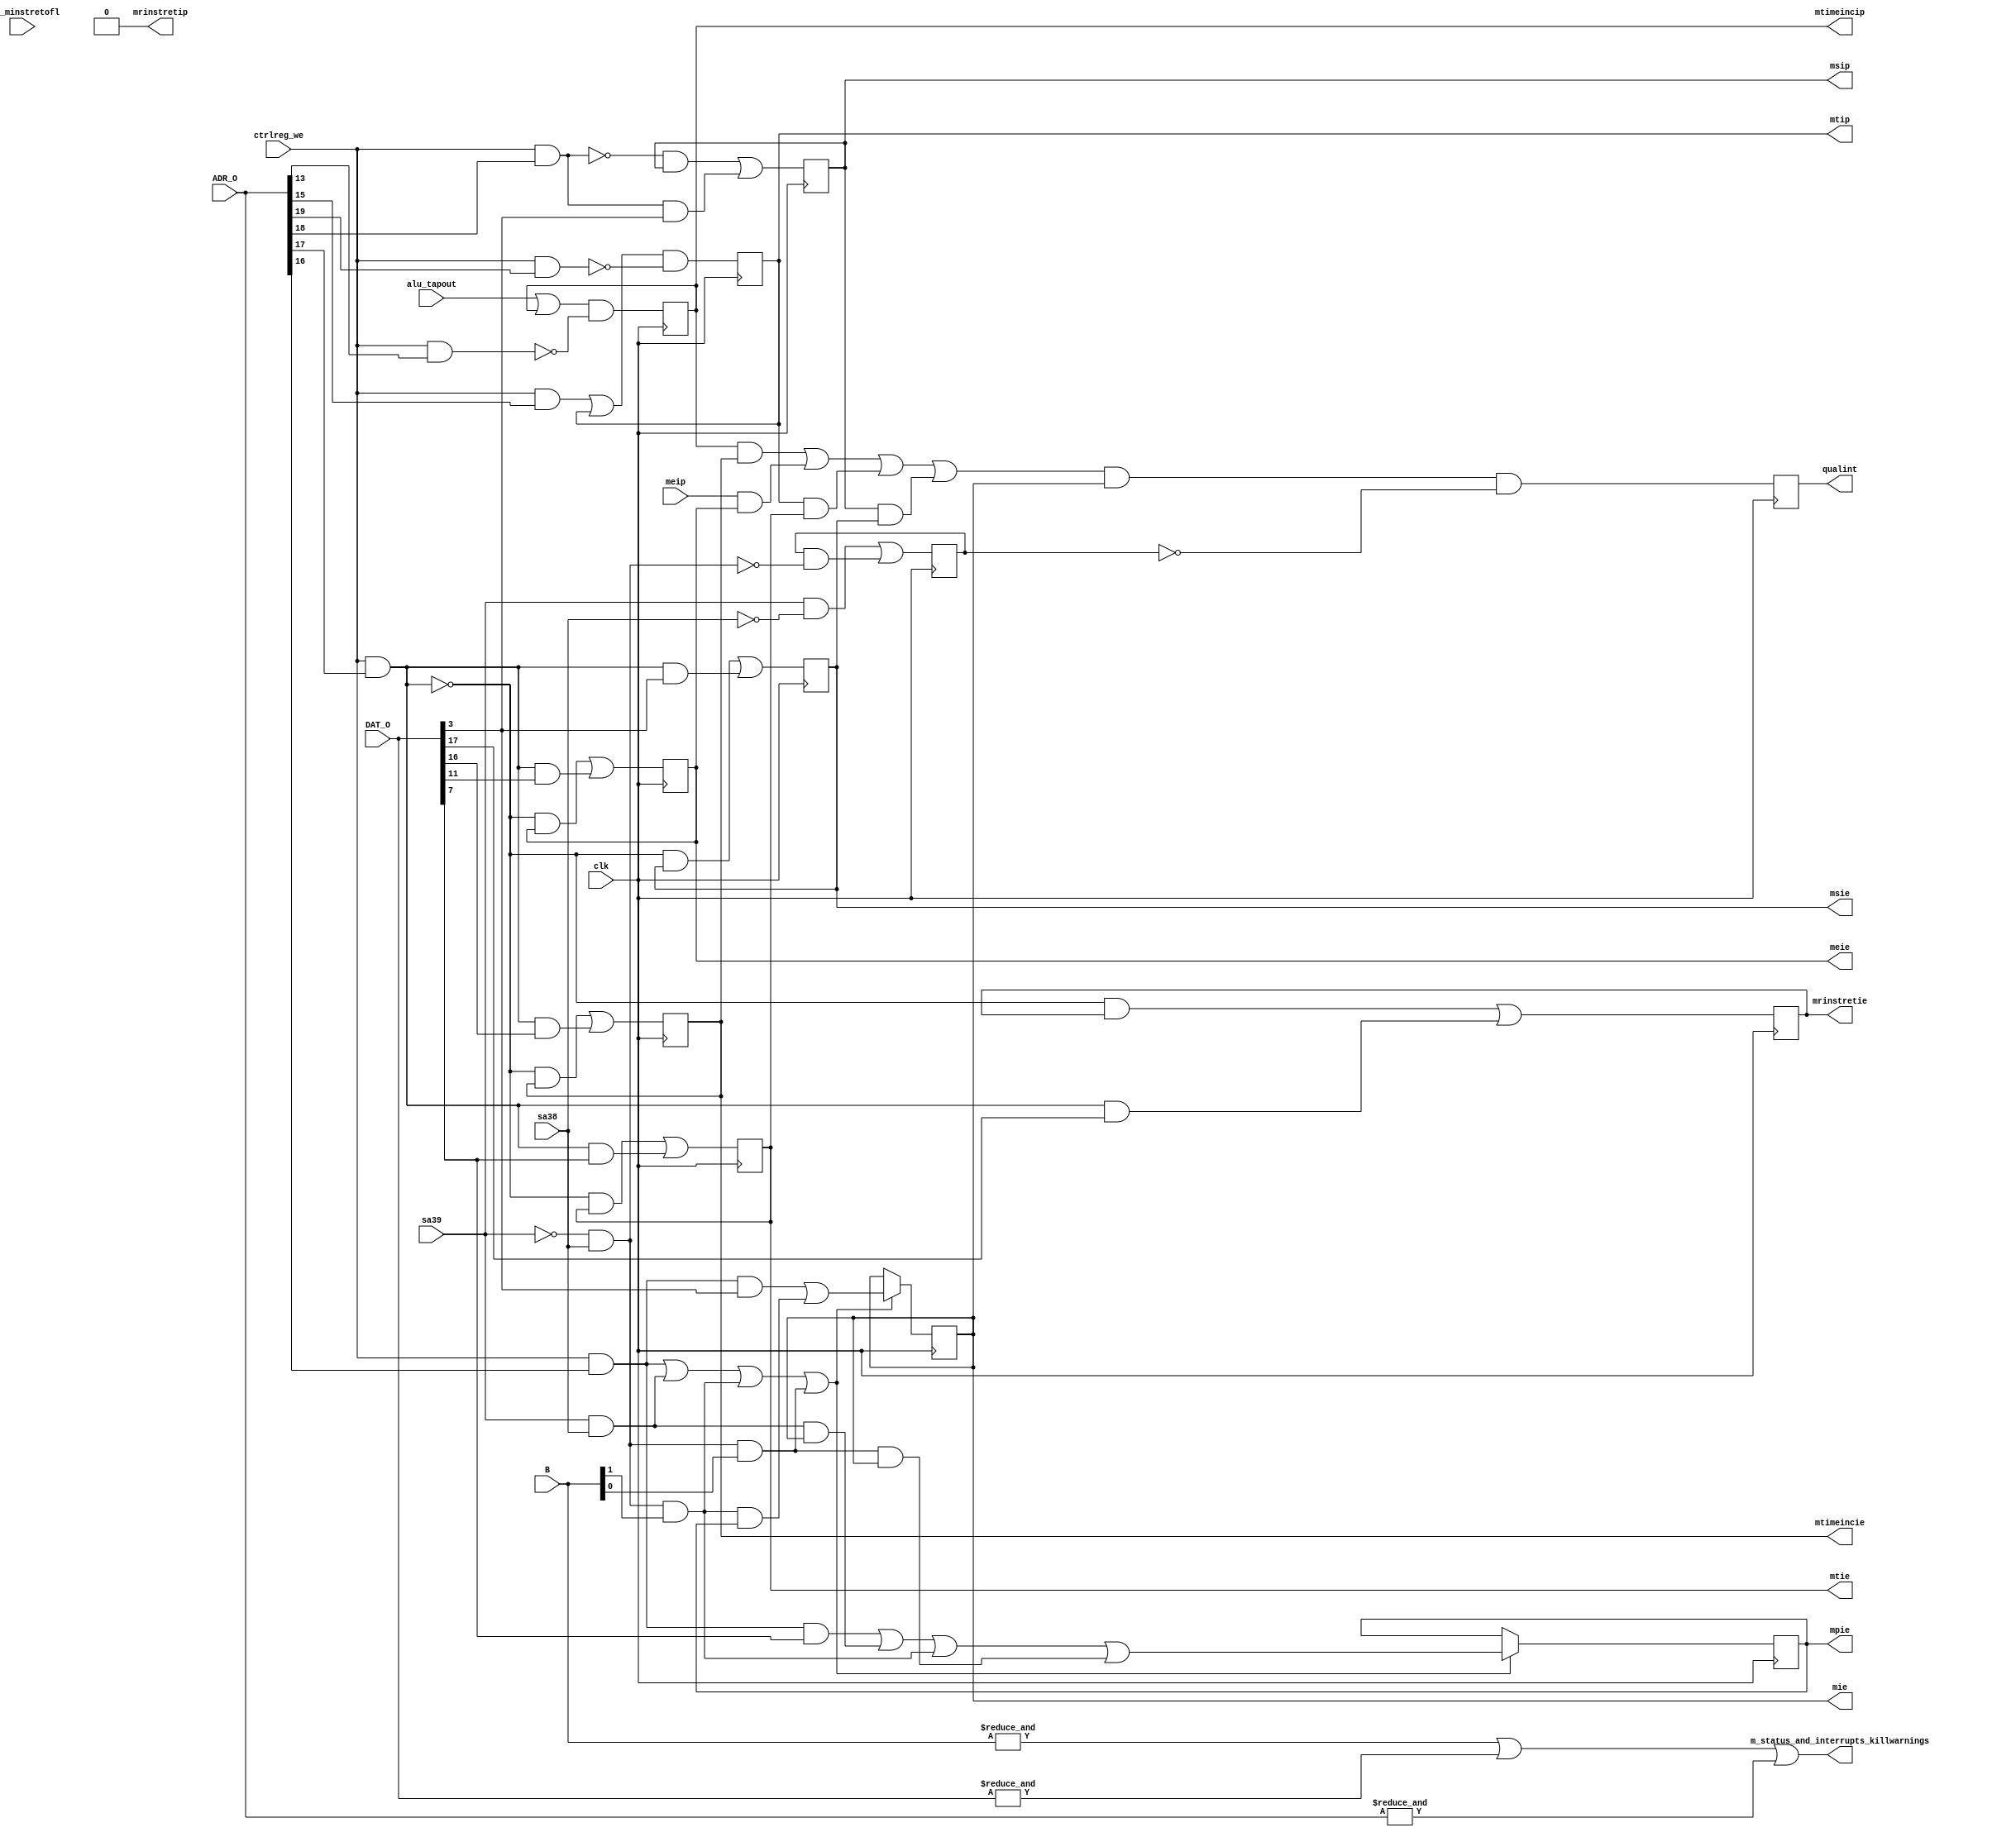
/* -----------------------------------------------------------------------------
 * Part of midgetv
 * 2019. Copyright B. Nossum.
 * For licence, see LICENCE
 * -----------------------------------------------------------------------------ehdr
 * 
 * If we have MTIMETAP >= MTIMETAP_LOWLIM, interrupts and mtime is implemented 
 * in midgetv. From user code, the following holds:
 *
 * Stated as memory-mapped in riscv-privileged:
 * Machine-level MSIP bit: 
 *     Exposed for writing by remote harts. Not implemented here (we only
 *     support one hart). MSIP is simply a bit in the MIP register.
 * mtimecmph/mtimecmp: 
 *     Real value is in EBR 0xf8/0xfc. 
 * mtimeh/mtime is exposed as a memory-mapped machine-mode read/write register
 *     Real value is in EBR 0xe0/0xe4.
 * 
 *   Write adr
 *   3322222222221111111111            Write to           EBR Address
 *   10987654321098765432109876543210  register or bit    |    Reg. name    Side effect on write
 * 0b001xxxxxxxxxxxxxxx1xxxxx111000xx  register mtime     0xe0 mtime        Clears mtimeincip
 * 0b001xxxxxxxxxxxxxx1xxxxxx111011xx  register minstreth 0xec minstreth    Clears minstreth
 * 0b001xxxxxxxxxxxxx1xxxxxxx100000xx  bit mtip           0x80 __jj
 * 0b001xxxxxxxxxxxx1xxxxxxxx100000xx  register mstatus   0x80 __jj
 * 0b001xxxxxxxxxxx1xxxxxxxxx100000xx  register mie       0x80 __jj
 * 0b001xxxxxxxxxx1xxxxxxxxxx100000xx  register mip       0x80 __jj         Updates msip
 * 0b001xxxxxxxxx1xxxxxxxxxxx111110xx  register mtimecmp  0xf8 mtimecmp     Clears mtip
 * 0b001xxxxxxxxx1xxxxxxxxxxx111111xx  register mtimecmph 0xfc mtimecmph    Clears mtip
 * 
 * Read adr                            
 *   3322222222221111111111            
 *   10987654321098765432109876543210  Read register      
 * 0b010xxxxxxxxxxxxxxxxxxxxxxxxxxxxx  reserved for future extension
 * 0b01100xxxxxxxxxxxxxxxxxxxxxxxxxxx  All normal input frome external port
 * 0b01101xxxxxxxxxxxxxxxxxxxxxxxxxxx  mip
 * 0b01110xxxxxxxxxxxxxxxxxxxxxxxxxxx  mie
 * 0b01111xxxxxxxxxxxxxxxxxxxxxxxxxxx  mstatus
 * 
 * The reason for the change is that I will disallow read/write to EBR when executing in
 * SRAM. This protects the registers and constants. We may still access anything when
 * executing in EBR. The only way to get from SRAM to EBR will be via an exception or 
 * a CSR instruction.
 * 
 * Changes to get this to happen:
 * 1. FF that say "executes in SRAM":
 * 2. If executing in SRAM, and a write-attempt to __pc is made which is outside
 *    of SRAM, give exception instead. 
 * 3. If executing in SRAM, and a read or write attemt is done to EBR, give exception.
 * 
 * This is only an outline of the idea:
 * 
 * always @(posedge clk) begin
 *    if ( Wpc ) begin
 *       if ( EXECinSRAM == 0 ) begin
 *          EXECinSRAM <= B[31] | B[30];
 *       end else begin
 *          if ( isr_intoCSR || isr_intoTrap ) begin
 *             EXECinSRAM <= 0;
 *          end else if ( B[31] | B[30] ) begin
 *             exception_illegal_adr;
 *          end
 *       end
 *    end
 * end
 *
 * The FF is easy to implement. The decision to give illegal exception is more
 * tricky, and involves considerable work in microcode. 
 *
 * ===============================================================
 *
 * Layout of register:
 * -------------------
 * 31        18 17           16          15 12 11   10 8 7    6 4 3    2 0
 * 000000000000 mrinstretip  mtimeincip  0000  meip 000  mtip 000 msip 000  MIP
 * 000000000000 mrinstrettie mtimeincie  0000  meie 000  mtie 000 msie 000  MIE
 * 000000000000 0            0           0001  1    000  mpie 000 mie  000  MSTATUS
 * 
 * register MIP 
 * ------------
 * 31 19 17       16         15 12 11   10   9    8    7    6    5    4    3    2    1    0
 * WPRI  MRINSTIP MTIMEINCIP WPRI  MEIP WPRI SEIP UEIP MTIP WPRI STIP UTIP MSIP WPRI SSIP USIP
 * 
 * Field        Access     Contents/comment 
 * WPRI         Read-only  0
 * MRINSTRETIP  Read-only  x Retired instruction counter overflow of low 32 bits interrupt pending.
 *                           Set when mreinstl overflows. Cleared by a write to mrinsth. 
 * MTIMEINCIP   Read-only  x Request to increment mtime interrupt pending. Set when cyclecnt
 *                           increments to (1<<MTIMETAP). Cleared by any write to mtime.
 * MEIP         Read-only  x External interrupt pending. Set by external interrupt source.
 *                           Clearable by writing to external interrupt source
 * SEIP         Read-only  0
 * UEIP         Read-only  0
 * MTIP         Read/spes  x Time compare interrupt pending. Set by code in internal interrupt
 *                           when mtime >= mtimecmp. Should not be set by other user code.
 *                           Cleared when mtimecmp or mtimecmph is written.
 * STIP         Read-only  0
 * UTIP         Read-only  0
 * MSIP         Read/write x Software interrupt pending. Set.cleared by write to MSIPreg address.
 * SSIP         Read-only  0
 * USIP         Read-only  0
 * 
 * register MIE
 * ------------
 * 31 19 17          16         15 12 11   10   9    8    7    6    5    4    3    2    1    0
 * WPRI  MRINSTRETIE MTIMEINCIE WPRI  MEIE WPRI SEIE UEIE MTIE WPRI STIE UTIE MSIE WPRI SSIE USIE
 * 
 * Field        Access     Contents/Comment
 * WPRI         Read-only  0
 * MRINSTRETTIE Read/write x  Software controlled.           
 * MTIMEINCIE   Read/write x  Software controlled.           
 * MEIE         Read/write x  Software controlled
 * SEIE         Read-only  0
 * UEIE         Read-only  0
 * MTIE         Read/write x  Software controlled
 * STIE         Read-only  0
 * UTIE         Read-only  0
 * MSIE         Read/write x  With only M-mode implemented, and only one hart, there is no real
 *                            sense to implement this bit in hardware. However, to be compatible
 *                            I implement it after all.
 * SSIE         Read-only  0
 * USIE         Read-only  0
 *
 * register MSTATUS
 * ----------------
 * 31 30 23 22  21 20  19  18  17   16 15   14 13   12:11    10 9 8   7    6    5    4    3   2    1   0
 * SD WPRI  TSR TW TVM MXR SUM MPRV XS[1:0] FS[1:0] MPP[1:0] WPRI SPP MPIE WPRI SPIE UPIE MIE WPRI SIE UIE
 * 
 * Field      Access     Contents/Comment
 * WPRI  
 * SD         Read-only  0 XS and FS hardwired to zero
 * TSR        Read-only  0 S-mode not supported
 * TW         Read-only  0 No modes less privileged than M-mode
 * TVM        Read-only  0 S-mode not supported
 * MXR        Read-only  0 S-mode not supported
 * SUM        Read-only  0 S-mode not supported
 * MPRV       Read-only  0 U-mode not supported
 * XS[1:0]    Read-only  0 No floating point
 * FS[1:0]    Read-only  0 No floating point
 * MPP[1:0]   Read-only  3 The only mode that is implemented is Machine-mode
 * SPP        Read-only  0
 * MPIE       Read/Write x
 * SPIE       Read-only  0
 * UPIE       Read-only  0
 * MIE        Read/write x  Global interrupt enable
 * SIE        Read-only  0
 * UIE        Read-only  0
 * 
 */
module m_status_and_interrupts
  # ( parameter 
      HIGHLEVEL = 1,
      HAS_MINSTRET = 0,
      HAS_EBR_MINSTRET = 0      
      )
   (
    /* verilator lint_off UNUSED */
    input        clk,
    input        alu_tapout, //      True when ttime[MTIMETA] increments from 0 to 1, and isWttime is true
    input        alu_minstretofl, // True when minstret overflows in 32 bits.
    input [31:0] B, //               ALU result, used in "ij" 
    input [31:0] DAT_O, //           From EBR
    input [31:0] ADR_O, //           Address
    input        sa38, //              | Shows if we enters traps, executes "ij", or enters CSR emulation
    input        sa39, //              |
    input        meip, //            External interrupt pending
    input        ctrlreg_we, //      User code writes to EBR with address in ADR_O. To find out if we write to mtime, minstreth, mip,mie,mstatus or bit mtip
    output       mrinstretip, //       |
    output       mtimeincip, //        | These are all registers.
    output       mtip, //              |
    output       msip, //              |
    output       mrinstretie, //       |
    output       mtimeincie, //        |
    output       meie, //              |
    output       mtie, //              |
    output       msie, //              |
    output       mpie, //              |
    output       mie, //               | 
    output       qualint, //         qualified interrupt pending
    output       m_status_and_interrupts_killwarnings
    /* verilator lint_on UNUSED */
    );

   reg           r_incsr;

   assign m_status_and_interrupts_killwarnings = &B | &DAT_O | &ADR_O;
   
   generate
      if ( HIGHLEVEL ) begin
         // =============================================================================
         // HIGHLEVEL
         // =============================================================================

         /* mtimeincip is set when the cycle counter increments to (1<<MTIMETAP).
          * When user code writes mtime, mtimeincip is cleared
          */
         wire       write_to_mtime = ctrlreg_we & ADR_O[13]; 
         reg        r_mtimeincip;
         always @(posedge clk)
           r_mtimeincip <= ( alu_tapout | r_mtimeincip)  & ~write_to_mtime;
         
         /* minstrethip is set when the retired instruction counter overflows in 32 bits.
          * When user code write minstreth, minstretip is cleared
          */
         wire       the_r_minstrethip;
         if ( HAS_EBR_MINSTRET || HAS_EBR_MINSTRET ) begin
            reg        r_minstrethip;
            wire       write_to_minstreth = ctrlreg_we & ADR_O[14];
            wire       cmb_minstrethip = (alu_minstretofl | r_minstrethip ) & ~write_to_minstreth;
            always @(posedge clk)         
              r_minstrethip <= cmb_minstrethip;
            assign the_r_minstrethip = r_minstrethip;
         end else begin
            assign the_r_minstrethip = 1'b0;
         end
         
         /* MTIP is set under software control, this should only be used
          * by the internal interrupt routine that increments {mtimeh,mtime}. 
          * It is cleared when mtimecmp or mtimecmph is written. 
          */
         reg        r_mtip;
         wire       write_to_mtip      = ctrlreg_we & ADR_O[15];
         wire       write_to_mtimecmpx = ctrlreg_we & ADR_O[19];
         wire       cmb_mtip = (write_to_mtip | r_mtip) & ~write_to_mtimecmpx;
         always @(posedge clk) 
            r_mtip <= cmb_mtip;
         
         /* MSIP is only under software control. This is possible because we have only one hart.
          */
         wire       write_to_msip =  ctrlreg_we & ADR_O[18];
         reg        r_msip;
         always @(posedge clk)
           r_msip <= (~write_to_msip & r_msip) | (write_to_msip & DAT_O[3]);
         
         /* Selective interrupt enable bits in mie are implemented in a straight forward fashion
          */
         wire       write_to_mie = ctrlreg_we & ADR_O[17];
         reg        r_mrinstretie,r_mtimeincie,r_meie,r_mtie,r_msie;
         always @(posedge clk) begin
            r_mrinstretie <= (~write_to_mie & r_mrinstretie) | ( write_to_mie & DAT_O[17] );
            r_mtimeincie  <= (~write_to_mie & r_mtimeincie ) | ( write_to_mie & DAT_O[16] );
            r_meie        <= (~write_to_mie & r_meie       ) | ( write_to_mie & DAT_O[11] );
            r_mtie        <= (~write_to_mie & r_mtie       ) | ( write_to_mie & DAT_O[7] );
            r_msie        <= (~write_to_mie & r_msie       ) | ( write_to_mie & DAT_O[3] );      
         end
         
         /* Register mpie is involved. 
          *   o The user code can write it.
          *     Here we must see if we have (writeIO & ADR_O[2])
          *   o When an interrupt is taken, mpie <= mie
          *     Microcode sets sa[39:38] to isr_intoTrap
          *   o When a trap occurs, mpie <= mie
          *     Microcode sets sa[39:38] to isr_intoTrap
          *   o When MRET is executed, mpie <= 1
          *     Instruction "ij" will have B[1] == 1 in this case, and sa[39:38] is isr_use_ij
          *   o When accessing an illegal CSR and transferring control to a trap, mpie <= mie
          *     Instruction "ij" will have B[0] == 1 in this case, and sa[39:38] is isr_use_ij
          */
         wire write_to_mstatus = ctrlreg_we & ADR_O[16];
         reg  r_mpie,r_mie;
         wire isr_use_ij = ~sa39 & sa38;
         wire isr_intoCSR = sa39 & ~sa38;
         wire isr_intoTrap = sa39 & sa38;
         wire update_mpie = 
              write_to_mstatus    |
              isr_intoTrap        | 
              (isr_use_ij & B[1]) |
              (isr_use_ij & B[0]);
         wire value_new_mpie = 
              (write_to_mstatus & DAT_O[7]) | 
              (isr_intoTrap & r_mie)    |
              (isr_use_ij & B[1] )      |
              (isr_use_ij & B[0] & r_mie);
         always @(posedge clk)
           if ( update_mpie )
             r_mpie <= value_new_mpie;
         
         /* Register mie is involved.
          *   o The user code can write it.
          *     Here we must see if we have (writeIO & ADR_O[2])
          *   o When an interrupt is taken, mie <= 0
          *     Microcode sets sa[39:38] to isr_intoTrap
          *   o When a trap occurs, mie <= 0
          *     Microcode sets sa[39:38] to isr_intoTrap
          *   o When MRET is executed, mie <= mpie
          *     Instruction "ij" will have B[1] == 1 in this case, and sa[39:38] is isr_use_ij
          *   o When accessing an illegal CSR and transferring control to a trap, mie <= 0
          *     Instruction "ij" will have B[0] == 1 in this case, and sa[39:38] is isr_use_ij
          */
         wire update_mie = update_mpie;
         wire value_new_mie =
              (write_to_mstatus & DAT_O[3]) |
              (isr_intoTrap & 1'b0)     |
              (isr_use_ij & B[1] & r_mpie) |
              (isr_use_ij & B[0] & 1'b0);
         always @(posedge clk)
           if (update_mie)
             r_mie <= value_new_mie;
         
         /* An internal register is set while we are in a CSR emulation routine
          */
         always @(posedge clk)
           r_incsr <= isr_intoCSR | (r_incsr & ~isr_use_ij);
         
         /*                                               __     _
          * mie -----------------------------------------|  |---| |-- qualint
          * r_incsr ------------------------------------o|  |   >_|
          *                                    ____      |  |
          * mrinstretip --| |-----------------|    |-----|__|
          * mrinstretie --|&|  +--------------|    |
          *                    |  +-----------| or |
          * mtimeincip ---| |--+  |  +--------|    |
          * mtimeincie ---|&|     |  |  +-----|____|
          *                       |  |  |
          * meip ---------| |-----+  |  |
          * meie ---------|&|        |  |
          *                          |  |
          * mtip ---------| |--------+  |
          * mtie ---------|&|           |
          *                             |
          * msip ---------| |-----------+
          * msie ---------|&|
          */ 
         wire possible_interrupt = 
              (mrinstretip & mrinstretie) |        
              (mtimeincip  & mtimeincie ) |
              (meip        & meie       ) |
              (mtip        & mtie       ) |
              (msip        & msie       );  
         wire cmb_qualint = possible_interrupt & r_mie & ~r_incsr;
         reg  r_qualint;
         always @(posedge clk)
           r_qualint <= cmb_qualint;
         assign qualint = r_qualint;
         
         /* Registers that can be read by user code are output from this module
          */
         // In register mip
         // -----------------------------------------
         assign mrinstretip = the_r_minstrethip;
         assign mtimeincip  = r_mtimeincip;
         //     meip          comes from the outside
         assign mtip        = r_mtip;
         assign msip        = r_msip;
         // In register mie
         // -----------------------------------------
         assign mrinstretie= r_mrinstretie;
         assign mtimeincie = r_mtimeincie;
         assign meie       = r_meie;
         assign mtie       = r_mtie;
         assign msie       = r_msie;
         // In register mstatus
         // -----------------------------------------
         assign mpie       = r_mpie;
         assign mie        = r_mie;
         
      end else begin
         // =============================================================================
         // LOWLEVEL
         // =============================================================================
         reg  r_mie;

         
         /* mtimeincip is set when the cycle counter increments to (1<<MTIMETAP).
          * When user code writes mtime, mtimeincip is cleared
          */
         //wire       write_to_mtime = ctrlreg_we & ADR_O[13]; 
         //reg        r_mtimeincip;
         //always @(posedge clk)
         //  r_mtimeincip <= ( alu_tapout | r_mtimeincip)  & ~write_to_mtime;
         wire cmb_mtimeincip, r_mtimeincip;
         SB_LUT4 #(.LUT_INIT(16'h0eee)) mtimeincip_l( .O(cmb_mtimeincip), .I3(ctrlreg_we), .I2(ADR_O[13]), .I1(r_mtimeincip), .I0(alu_tapout));         
         SB_DFF mtimeincip_reg( .Q(r_mtimeincip), .C(clk), .D(cmb_mtimeincip) );
         
         /* minstrethip is set when the retired instruction counter overflows in 32 bits.
          * When user code write minstreth, minstretip is cleared
          */
//         wire       write_to_minstreth = ctrlreg_we & ADR_O[14];
//         wire       cmb_minstrethip = (alu_minstretofl | r_minstrethip ) & ~write_to_minstreth;
//         always @(posedge clk)         
//           r_minstrethip <= cmb_minstrethip;
         wire r_minstrethip;
         if ( HAS_EBR_MINSTRET || HAS_EBR_MINSTRET ) begin
            wire cmb_minstrethip;
            SB_LUT4 #(.LUT_INIT(16'h0eee)) minstrethip_l( .O(cmb_minstrethip), .I3(ctrlreg_we), .I2(ADR_O[14]), .I1(r_minstrethip), .I0(alu_minstretofl));         
            SB_DFF minstrethip_reg( .Q(r_minstrethip), .C(clk), .D(cmb_minstrethip) );
         end else begin
            assign r_minstrethip = 1'b0;
         end
         
         /* MTIP is set under software control, this should only be used
          * by the internal interrupt routine that increments {mtimeh,mtime}. 
          * It is cleared when mtimecmp or mtimecmph is written. 
          */
         // wire write_to_mtip      = ctrlreg_we & ADR_O[15];
         // wire write_to_mtimecmpx = ctrlreg_we & ADR_O[19];
         // wire cmb_mtip = (write_to_mtip | r_mtip) & ~write_to_mtimecmpx;
         // always @(posedge clk) begin
         //    r_mtip <= cmb_mtip;
         wire cmb_mtip,r_mtip;
         SB_LUT4 #(.LUT_INIT(16'h0caa)) mtip_l( .O(cmb_mtip), .I3(ctrlreg_we), .I2(ADR_O[19]), .I1(ADR_O[15]), .I0(r_mtip));         
         SB_DFF mtip_reg( .Q(r_mtip), .C(clk), .D(cmb_mtip) );
         
         /* MSIP is only under software control. This is possible because we have only one hart.
          */
         //wire       write_to_msip =  ctrlreg_we & ADR_O[18];
         //reg        r_msip;
         //always @(posedge clk)
         //  r_msip <= (~write_to_msip & r_msip) | (write_to_msip & DAT_O[3]);
         wire cmb_msip,r_msip;
         SB_LUT4 #(.LUT_INIT(16'hcaaa)) msip_l( .O(cmb_msip), .I3(ctrlreg_we), .I2(ADR_O[18]), .I1(DAT_O[3]), .I0(r_msip));         
         SB_DFF msip_reg( .Q(r_msip), .C(clk), .D(cmb_msip) );
         
         /* Selective interrupt enable bits in mie are implemented in a straight forward fashion
          */
         //wire       write_to_mie = ctrlreg_we & ADR_O[17];
         //reg        r_mrinstretie,r_mtimeincie,r_meie,r_mtie,r_msie;
         //always @(posedge clk) begin
         //   r_mrinstretie <= (~write_to_mie & r_mrinstretie) | ( write_to_mie & DAT_O[17] );
         //   r_mtimeincie  <= (~write_to_mie & r_mtimeincie ) | ( write_to_mie & DAT_O[16] );
         //   r_meie        <= (~write_to_mie & r_meie       ) | ( write_to_mie & DAT_O[11] );
         //   r_mtie        <= (~write_to_mie & r_mtie       ) | ( write_to_mie & DAT_O[7] );
         //   r_msie        <= (~write_to_mie & r_msie       ) | ( write_to_mie & DAT_O[3] );      
         //end
         wire r_mrinstretie,cmb_mrinstretie,r_mtimeincie,cmb_mtimeincie,r_meie,cmb_meie,r_mtie,cmb_mtie,r_msie,cmb_msie;         
         SB_LUT4 #(.LUT_INIT(16'hcaaa)) mrinstretie_l( .O(cmb_mrinstretie), .I3(ctrlreg_we), .I2(ADR_O[17]), .I1(DAT_O[17]), .I0(r_mrinstretie));         
         SB_LUT4 #(.LUT_INIT(16'hcaaa)) mtimeincie_l ( .O(cmb_mtimeincie ), .I3(ctrlreg_we), .I2(ADR_O[17]), .I1(DAT_O[16]), .I0(r_mtimeincie ));         
         SB_LUT4 #(.LUT_INIT(16'hcaaa)) meie_l       ( .O(cmb_meie       ), .I3(ctrlreg_we), .I2(ADR_O[17]), .I1(DAT_O[11]), .I0(r_meie       ));         
         SB_LUT4 #(.LUT_INIT(16'hcaaa)) mtie_l       ( .O(cmb_mtie       ), .I3(ctrlreg_we), .I2(ADR_O[17]), .I1(DAT_O[ 7]), .I0(r_mtie       ));         
         SB_LUT4 #(.LUT_INIT(16'hcaaa)) msie_l       ( .O(cmb_msie       ), .I3(ctrlreg_we), .I2(ADR_O[17]), .I1(DAT_O[ 3]), .I0(r_msie       ));         
         SB_DFF mrinstretie_reg( .Q(r_mrinstretie), .C(clk), .D(cmb_mrinstretie) );
         SB_DFF mtimeincie_reg ( .Q(r_mtimeincie ), .C(clk), .D(cmb_mtimeincie ) );
         SB_DFF meie_reg       ( .Q(r_meie       ), .C(clk), .D(cmb_meie       ) );
         SB_DFF mtie_reg       ( .Q(r_mtie       ), .C(clk), .D(cmb_mtie       ) );
         SB_DFF msie_reg       ( .Q(r_msie       ), .C(clk), .D(cmb_msie       ) );
         
         /* Register mpie is involved. 
          *   o The user code can write it.
          *     Here we must see if we have write to mstatus, ctrlreg_we & ADR_O[16]
          *   o When an interrupt is taken, mpie <= mie
          *     Microcode sets sa[39:38] to isr_intoTrap
          *   o When a trap occurs, mpie <= mie
          *     Microcode sets sa[39:38] to isr_intoTrap
          *   o When MRET is executed, mpie <= 1
          *     Instruction "ij" will have B[1] == 1 in this case, and sa[39:38] is isr_use_ij
          *   o When accessing an illegal CSR and transferring control to a trap, mpie <= mie
          *     Instruction "ij" will have B[0] == 1 in this case, and sa[39:38] is isr_use_ij
          */
         //wire write_to_mstatus = ctrlreg_we & ADR_O[16];
         //reg  r_mpie,r_mie;
         //wire isr_use_ij = ~sa39 & sa38;
         //wire isr_intoTrap = sa39 & sa38;
         //wire update_mpie = 
         //     write_to_mstatus    |
         //     isr_intoTrap        | 
         //     (isr_use_ij & B[1]) |
         //     (isr_use_ij & B[0]);
         //wire value_new_mpie = 
         //     (write_to_mstatus & DAT_O[7]) | 
         //     (isr_intoTrap & r_mie)    |
         //     (isr_use_ij & B[1] )      |
         //     (isr_use_ij & B[0] & r_mie);
         //always @(posedge clk)
         //  if ( update_mpie )
         //    r_mpie <= value_new_mpie;
         wire write_to_mstatus,isr_intoTrap,isr_use_ij;
         wire update_mie_mpie;
         SB_LUT4 #(.LUT_INIT(16'h8888)) write_to_mstatus_l(.O(write_to_mstatus), .I3(1'b0), .I2(1'b0), .I1(ctrlreg_we), .I0(ADR_O[16]));
         SB_LUT4 #(.LUT_INIT(16'h8888)) isr_intoTrap_l(.O(isr_intoTrap), .I3(1'b0), .I2(1'b0), .I1(sa39), .I0(sa38));
         SB_LUT4 #(.LUT_INIT(16'h2222)) isr_use_ij_l(  .O(isr_use_ij),   .I3(1'b0), .I2(1'b0), .I1(sa39), .I0(sa38));         
         wire tmp = B[1] | B[0];
         SB_LUT4 #(.LUT_INIT(16'hfeee)) update_mie_mpie_l(  .O(update_mie_mpie), .I3(tmp), .I2(isr_use_ij), .I1(isr_intoTrap), .I0(write_to_mstatus));         

         wire mpiea; //  = (isr_use_ij & B[1] ) | (isr_use_ij & B[0] & r_mie);
         wire mpieb; //  = (write_to_mstatus & DAT_O[7]) | (isr_intoTrap & r_mie);
         wire r_mpie; // if ( update_mie_mpie ) r_mpie = mpiea ? 1 : mpieb;
         SB_LUT4 #(.LUT_INIT(16'hf800)) mpiea_l(  .O(mpiea), .I3(isr_use_ij), .I2(B[1]), .I1(B[0]), .I0(r_mie));
         SB_LUT4 #(.LUT_INIT(16'hf888)) mpieb_l(  .O(mpieb), .I3(write_to_mstatus), .I2(DAT_O[7]), .I1(isr_intoTrap), .I0(r_mie));         
         SB_DFFESS reg_mpie( .Q(r_mpie), .C(clk), .E(update_mie_mpie), .S(mpiea), .D(mpieb));
         
         /* Register mie is involved.
          *   o The user code can write it.
          *     Here we must see if we have write to mstatus
          *   o When an interrupt is taken, mie <= 0
          *     Microcode sets sa[39:38] to isr_intoTrap
          *   o When a trap occurs, mie <= 0
          *     Microcode sets sa[39:38] to isr_intoTrap
          *   o When MRET is executed, mie <= mpie
          *     Instruction "ij" will have B[1] == 1 in this case, and sa[39:38] is isr_use_ij
          *   o When accessing an illegal CSR and transferring control to a trap, mie <= 0
          *     Instruction "ij" will have B[0] == 1 in this case, and sa[39:38] is isr_use_ij
          */
// With this: Size 361 LUTs
         wire value_new_mie =
              (write_to_mstatus & DAT_O[3]) |
              (isr_use_ij & B[1] & r_mpie);
         always @(posedge clk)
           if (update_mie_mpie)
             r_mie <= value_new_mie;
         
// With this: Size 365 LUTs even though it was a reverse engineering of the above.
// Completely baffeled here         
//         wire miea; // = isr_use_ij & B[1] & r_mpie;
//         wire mieb; // = miea | (write_to_mstatus & DAT_O[3]);
//         wire r_mie; // = if ( update_mie ) r_mie = mieb;
//         SB_LUT4 #(.LUT_INIT(16'hc000)) miea_l(  .O(miea), .I3(r_mpie), .I2(isr_use_ij), .I1(B[1]), .I0(update_mie_mpie));
//         SB_LUT4 #(.LUT_INIT(16'h8888)) mieb_l(  .O(mieb), .I3(1'b0), .I2(1'b0), .I1(write_to_mstatus), .I0(DAT_O[3]));         
//         SB_DFFESS reg_mie( .Q(r_mie), .C(clk), .E(update_mie_mpie), .S(miea), .D(mieb)); // Different PLB than SB_DFFESS above.
         
         
         /* An internal register is set while we are in a CSR emulation routine
          */
         //wire isr_intoCSR = sa39 & ~sa38;
         //always @(posedge clk)
         //  r_incsr <= isr_intoCSR | (r_incsr & ~isr_use_ij);
         wire cmb_incsr,rr_incsr;
         SB_LUT4 #(.LUT_INIT(16'h4f44)) incsr_l(  .O(cmb_incsr), .I3(sa39), .I2(sa38), .I1(rr_incsr), .I0(isr_use_ij));
         SB_DFF reg_incsr( .Q(rr_incsr), .C(clk), .D(cmb_incsr));
         always @(*)
           r_incsr = rr_incsr;
         /*                                               ___           __
          * mie -----------------------------------------|   |---------|  |-- qualint
          * r_incsr ------------------------------------o| & |         >__|
          * meip ---------| |-----------------|    |-----|___|          
          * meie ---------|&|         +-------| or |         
          *                           | +-----|____|
          * mrinstretip---| |----|  |-+ |
          * mrinstretie---|&|  +-|or|   |
          *                    |        |
          * mtimeincip ---| |--+        |
          * mtimeincie ---|&|           |
          *                             |
          * mtip ---------| |----|  |---+
          * mtie ---------|&|  +-|or|
          *                    |
          * msip ---------| |--+
          * msie ---------|&|
          */ 
         //wire possible_interrupt = 
         //     (mrinstretip & mrinstretie) |        
         //     (mtimeincip  & mtimeincie ) |
         //     (meip        & meie       ) |
         //     (mtip        & mtie       ) |
         //     (msip        & msie       );  
         //wire cmb_qualint = possible_interrupt & r_mie & ~r_incsr;
         //reg  r_qualint;
         //always @(posedge clk)
         //  r_qualint <= cmb_qualint;
         //assign qualint = r_qualint;
         wire pia,pib,pic,cmb_qualint;
         SB_LUT4 #(.LUT_INIT(16'hf888)) pia_l( .O(pia       ), .I3(msie      ), .I2(msip      ), .I1(mtip       ), .I0(mtie       ));         
         SB_LUT4 #(.LUT_INIT(16'hf888)) pib_l( .O(pib       ), .I3(mtimeincie), .I2(mtimeincip), .I1(mrinstretip), .I0(mrinstretie));
         SB_LUT4 #(.LUT_INIT(16'hfeee)) pic_l( .O(pic), .I3(meie), .I2(meip), .I1(pia), .I0(pib));
         SB_LUT4 #(.LUT_INIT(16'h4040)) qualint_l( .O(cmb_qualint), .I3(1'b0), .I2(pic), .I1(mie), .I0(r_incsr));         
         SB_DFF qualint_reg( .Q(qualint), .C(clk), .D(cmb_qualint) );
         
         
         /* Registers that can be read by user code are output from this module
          */
         // In register mip
         // -----------------------------------------
         assign mrinstretip = r_minstrethip;
         assign mtimeincip  = r_mtimeincip;
         //     meip          comes from the outside
         assign mtip        = r_mtip;
         assign msip        = r_msip;
         // In register mie
         // -----------------------------------------
         assign mrinstretie= r_mrinstretie;
         assign mtimeincie = r_mtimeincie;
         assign meie       = r_meie;
         assign mtie       = r_mtie;
         assign msie       = r_msie;
         // In register mstatus
         // -----------------------------------------
         assign mpie       = r_mpie;
         assign mie        = r_mie;
         
      end   
   endgenerate
endmodule